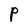
Character: P